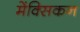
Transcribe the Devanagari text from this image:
मेंक्सिकन